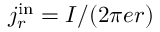
{ j _ { r } ^ { \mathrm { { i n } } } = I / ( 2 \pi { e } r ) }